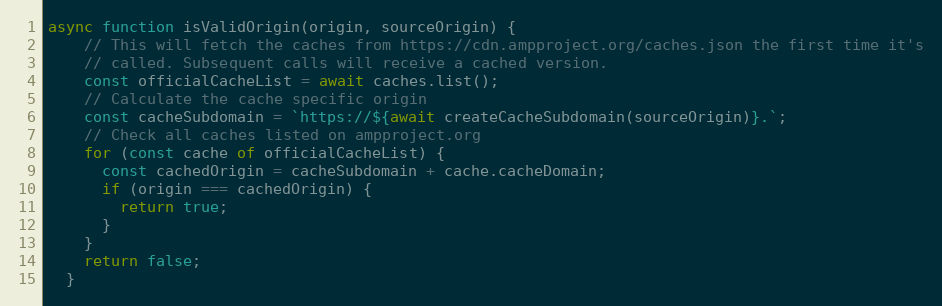
Language: JavaScript
async function isValidOrigin(origin, sourceOrigin) {
    // This will fetch the caches from https://cdn.ampproject.org/caches.json the first time it's
    // called. Subsequent calls will receive a cached version.
    const officialCacheList = await caches.list();
    // Calculate the cache specific origin
    const cacheSubdomain = `https://${await createCacheSubdomain(sourceOrigin)}.`;
    // Check all caches listed on ampproject.org
    for (const cache of officialCacheList) {
      const cachedOrigin = cacheSubdomain + cache.cacheDomain;
      if (origin === cachedOrigin) {
        return true;
      }
    }
    return false;
  }